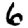
Digit: 6